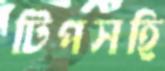
টিপসহি